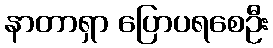
နာတာရှာ ပြောပရစေဦး